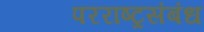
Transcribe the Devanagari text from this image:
परराष्ट्रसंबंध